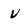
Character: U